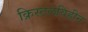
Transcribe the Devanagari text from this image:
क्रिस्टलविहीन